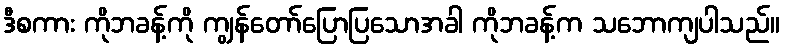
ဒီစကား ကိုဘခန့်ကို ကျွန်တော်ပြောပြသောအခါ ကိုဘခန့်က သဘောကျပါသည်။